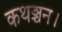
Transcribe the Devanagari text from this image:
कथञ्चन।